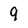
Character: 9